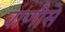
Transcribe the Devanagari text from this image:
वाणीसे